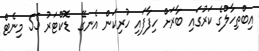
އިބްތިހާލްގެ ކަރުގައި ބާރަށް ހިފާފައި ހުރިކަން އެނގޭ  ޑޮކްޓަރު 55 މިނެޓް